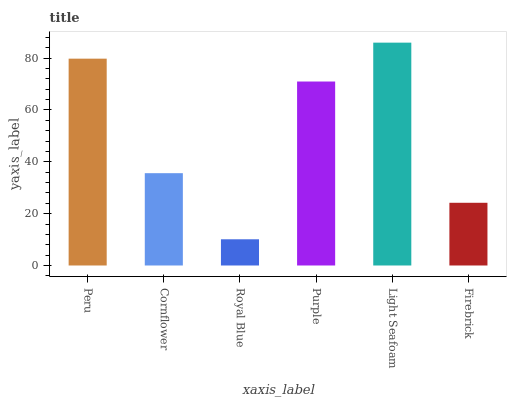
| xaxis_label | bars |
 | --- | --- |
 | Peru | 79.8 |
 | Cornflower | 35.6 |
 | Royal Blue | 10.1 |
 | Purple | 71 |
 | Light Seafoam | 86 |
 | Firebrick | 24.2 |